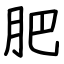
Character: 肥